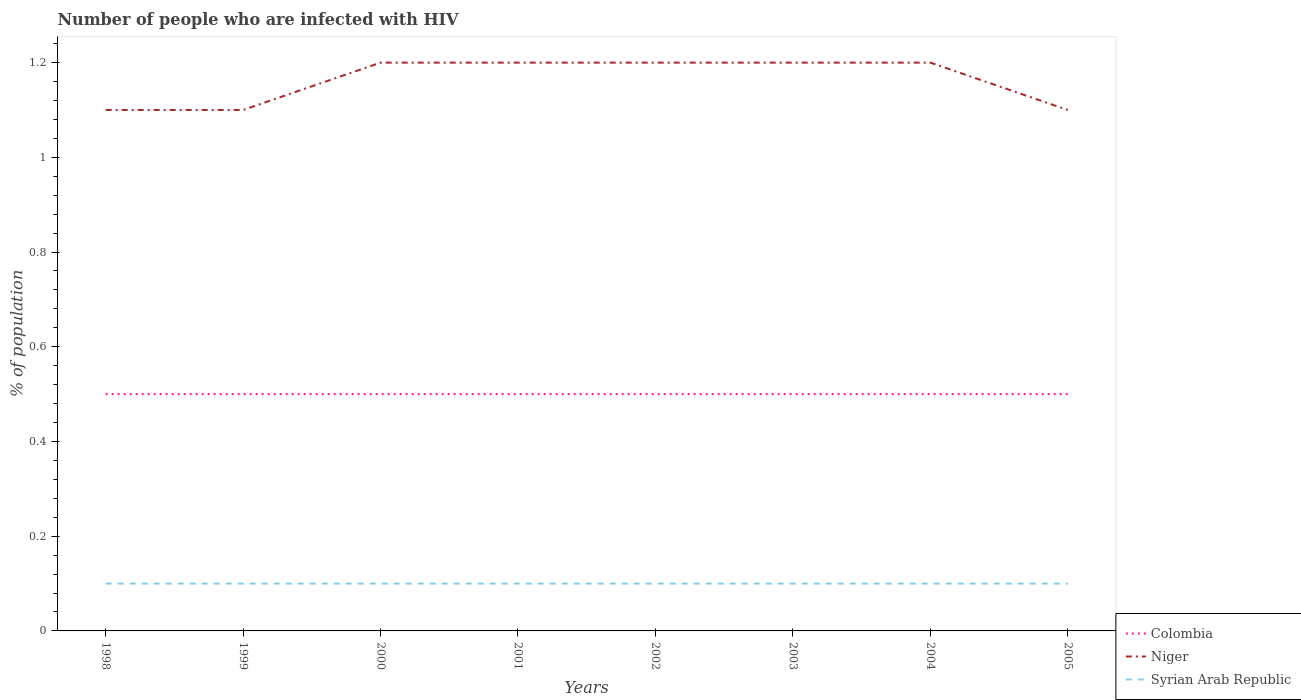
| Years | Colombia | Niger | Syrian Arab Republic |
 | --- | --- | --- | --- |
 | 1998 | 0.5 | 1.1 | 0.1 |
 | 1999 | 0.5 | 1.1 | 0.1 |
 | 2000 | 0.5 | 1.2 | 0.1 |
 | 2001 | 0.5 | 1.2 | 0.1 |
 | 2002 | 0.5 | 1.2 | 0.1 |
 | 2003 | 0.5 | 1.2 | 0.1 |
 | 2004 | 0.5 | 1.2 | 0.1 |
 | 2005 | 0.5 | 1.1 | 0.1 |